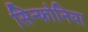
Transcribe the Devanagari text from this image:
सिन्फोनिया